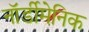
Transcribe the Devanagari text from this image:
नॉर्डीमेनिक